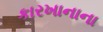
કારખાનાના